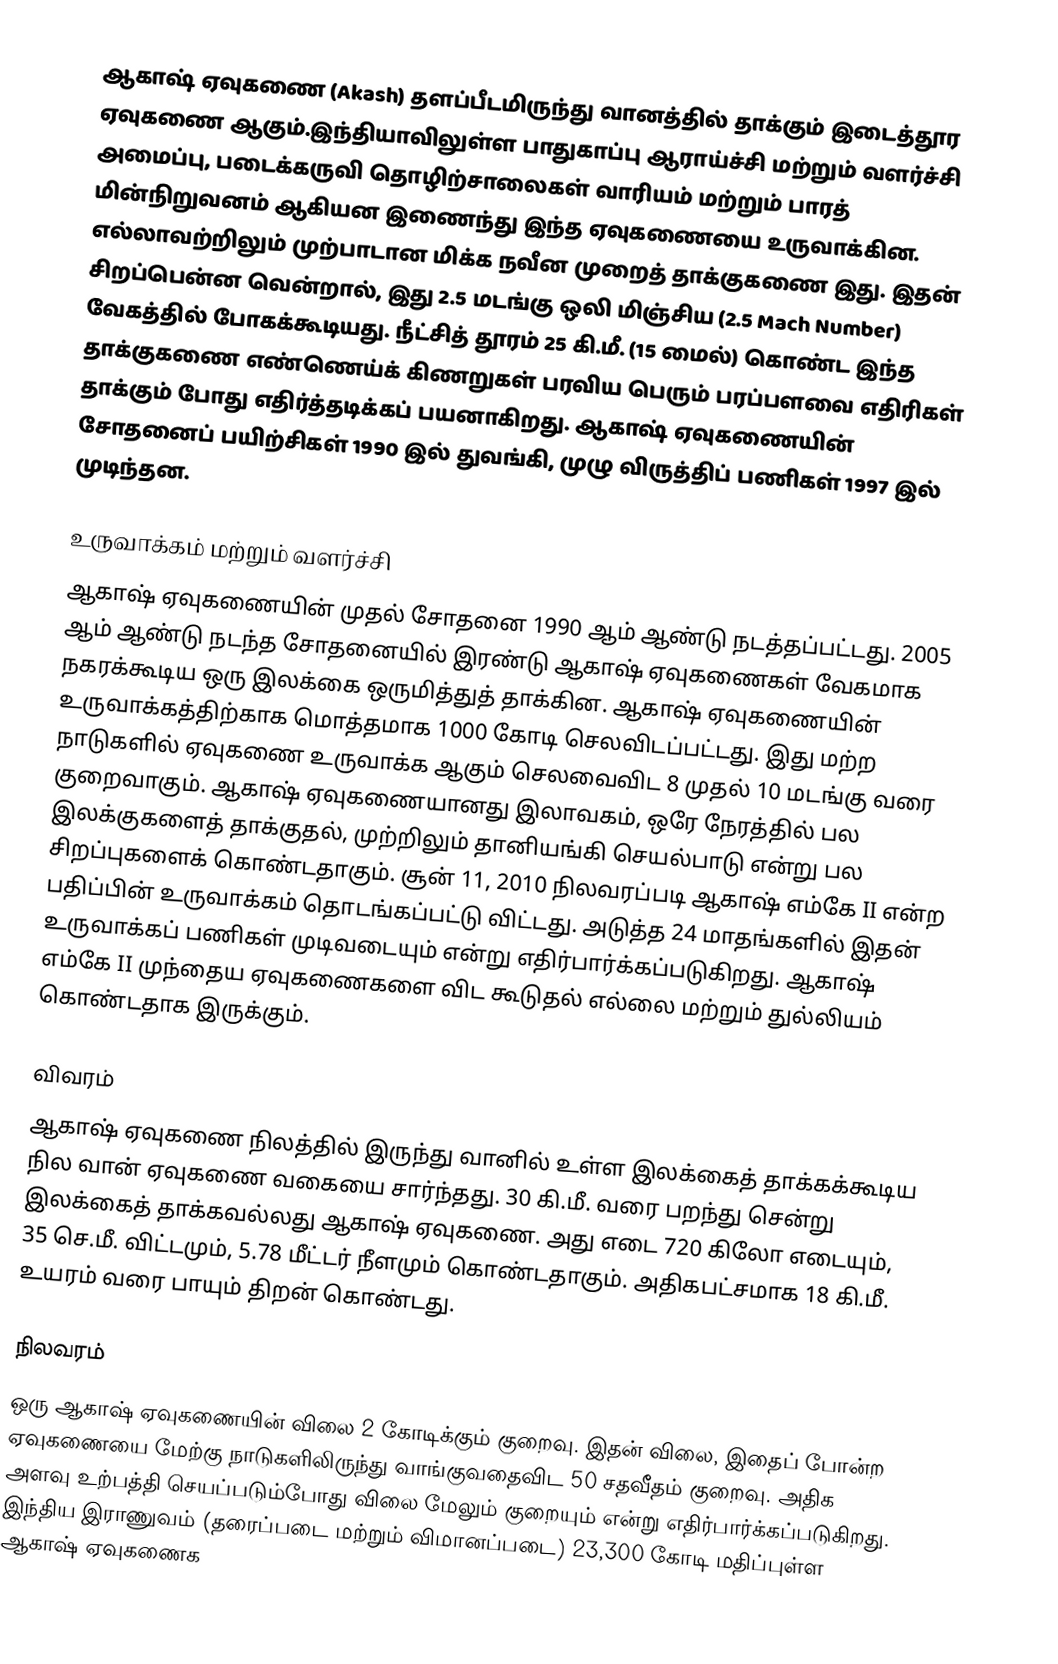
ஆகாஷ் ஏவுகணை (Akash) தளப்பீடமிருந்து வானத்தில் தாக்கும் இடைத்தூர ஏவுகணை ஆகும்.இந்தியாவிலுள்ள பாதுகாப்பு ஆராய்ச்சி மற்றும் வளர்ச்சி அமைப்பு, படைக்கருவி தொழிற்சாலைகள் வாரியம் மற்றும் பாரத் மின்நிறுவனம் ஆகியன இணைந்து இந்த ஏவுகணையை உருவாக்கின.  எல்லாவற்றிலும் முற்பாடான மிக்க நவீன முறைத் தாக்குகணை இது. இதன் சிறப்பென்ன வென்றால், இது 2.5 மடங்கு ஒலி மிஞ்சிய (2.5 Mach Number) வேகத்தில் போகக்கூடியது. நீட்சித் தூரம் 25 கி.மீ. (15 மைல்) கொண்ட இந்த தாக்குகணை எண்ணெய்க் கிணறுகள் பரவிய பெரும் பரப்பளவை எதிரிகள் தாக்கும் போது எதிர்த்தடிக்கப் பயனாகிறது. ஆகாஷ் ஏவுகணையின் சோதனைப் பயிற்சிகள் 1990 இல் துவங்கி, முழு விருத்திப் பணிகள் 1997 இல் முடிந்தன.

உருவாக்கம் மற்றும் வளர்ச்சி
ஆகாஷ் ஏவுகணையின் முதல் சோதனை 1990 ஆம் ஆண்டு நடத்தப்பட்டது. 2005 ஆம் ஆண்டு நடந்த சோதனையில் இரண்டு ஆகாஷ் ஏவுகணைகள் வேகமாக நகரக்கூடிய ஒரு இலக்கை ஒருமித்துத் தாக்கின. ஆகாஷ் ஏவுகணையின் உருவாக்கத்திற்காக மொத்தமாக   1000 கோடி செலவிடப்பட்டது. இது மற்ற நாடுகளில் ஏவுகணை உருவாக்க ஆகும் செலவைவிட 8 முதல் 10 மடங்கு வரை குறைவாகும். ஆகாஷ் ஏவுகணையானது இலாவகம், ஒரே நேரத்தில் பல இலக்குகளைத் தாக்குதல், முற்றிலும் தானியங்கி செயல்பாடு என்று பல சிறப்புகளைக் கொண்டதாகும். சூன் 11, 2010 நிலவரப்படி ஆகாஷ் எம்கே II என்ற பதிப்பின் உருவாக்கம் தொடங்கப்பட்டு விட்டது. அடுத்த 24 மாதங்களில் இதன் உருவாக்கப் பணிகள் முடிவடையும் என்று எதிர்பார்க்கப்படுகிறது. ஆகாஷ் எம்கே II முந்தைய ஏவுகணைகளை விட கூடுதல் எல்லை மற்றும் துல்லியம் கொண்டதாக இருக்கும்.

விவரம்
ஆகாஷ் ஏவுகணை நிலத்தில் இருந்து வானில் உள்ள இலக்கைத் தாக்கக்கூடிய நில வான் ஏவுகணை வகையை சார்ந்தது. 30 கி.மீ. வரை பறந்து சென்று இலக்கைத் தாக்கவல்லது ஆகாஷ் ஏவுகணை. அது எடை 720 கிலோ எடையும்,  35 செ.மீ. விட்டமும், 5.78 மீட்டர் நீளமும் கொண்டதாகும். அதிகபட்சமாக 18 கி.மீ. உயரம் வரை பாயும் திறன் கொண்டது.

நிலவரம்
ஒரு ஆகாஷ் ஏவுகணையின் விலை  2 கோடிக்கும் குறைவு. இதன் விலை, இதைப் போன்ற ஏவுகணையை மேற்கு நாடுகளிலிருந்து வாங்குவதைவிட 50 சதவீதம் குறைவு. அதிக அளவு உற்பத்தி செயப்படும்போது விலை மேலும் குறையும் என்று எதிர்பார்க்கப்படுகிறது. இந்திய இராணுவம் (தரைப்படை மற்றும் விமானப்படை)  23,300 கோடி மதிப்புள்ள ஆகாஷ் ஏவுகணைக